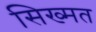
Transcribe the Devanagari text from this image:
सिख्मत